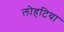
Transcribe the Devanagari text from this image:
लोहटिया